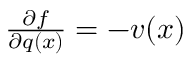
\begin{array} { r } { \frac { \partial f } { \partial q ( x ) } = - v ( x ) } \end{array}